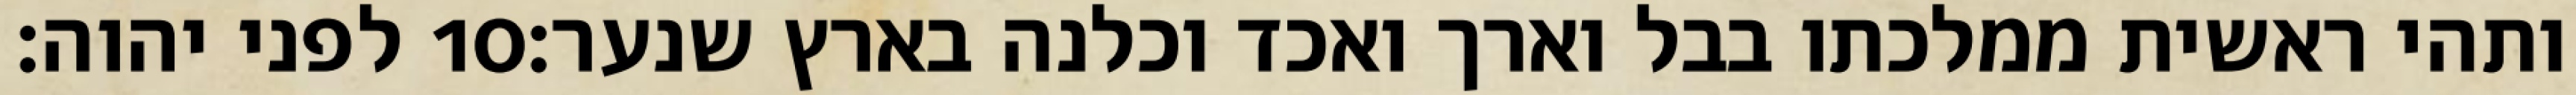
לפני יהוה׃ ‎10‏ ותהי ראשית ממלכתו בבל וארך ואכד וכלנה בארץ שנער׃